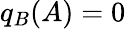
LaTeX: q_{B}(A)=0